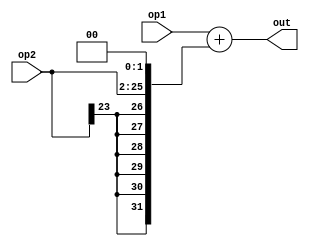
module adder(input [31 : 0] op1, input [23 : 0] op2, output [31:0] out );
    
    assign out = op1 + {{6{op2[23]}},op2, 2'b0};

endmodule